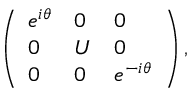
\left( \begin{array} { l l l } { { e ^ { i \theta } } } & { { 0 } } & { { 0 } } \\ { { 0 } } & { { U } } & { { 0 } } \\ { { 0 } } & { { 0 } } & { { e ^ { - i \theta } } } \end{array} \right) ,